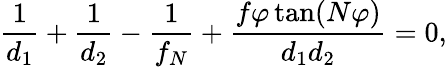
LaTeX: \frac{1}{d_{1}}+\frac{1}{d_{2}}-\frac{1}{f_{N}}+\frac{f\varphi\tan(N\varphi)}{d_{1}d_{2}}=0,